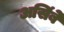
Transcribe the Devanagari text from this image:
असिंबे